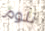
تلوم